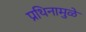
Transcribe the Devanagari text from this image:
प्रथिनामुळे